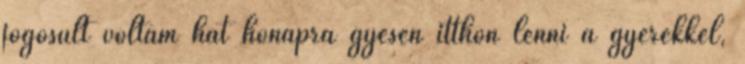
jogosult voltam hat hónapra gyesen itthon lenni a gyerekkel,